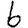
Digit: 6